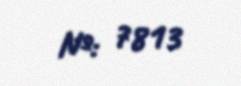
№: 7813